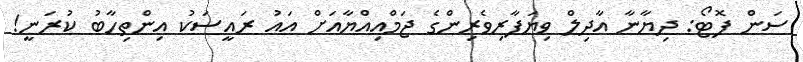
ސަން ފޮޓޯ: ދިޔާނާ އާދިލް ވިޔަފާރިވެރިންގެ ޖަމްއިއްޔާއަށް އައު ރައީސަކު އިންތިހާބު ކުރަނީ!